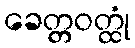
ခေတ္တဝတ္ထုံ